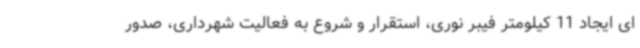
ای ایجاد 11 کیلومتر فیبر نوری، استقرار و شروع به فعالیت شهرداری، صدور